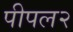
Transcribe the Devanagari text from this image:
पीपल२